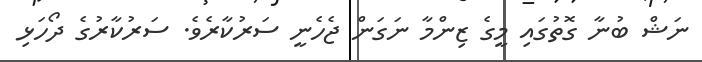
ނަޝް ބުނާ ގޮތުގައި މީގެ ޒިންމާ ނަގަން ޖެހެނީ ސަރުކާރެވެ. ސަރުކާރުގެ ދޯހަޅި